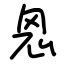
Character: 恖